Insane asylums in Bengal annual reports 1867-1875 - 1867-1875
Year: 1867
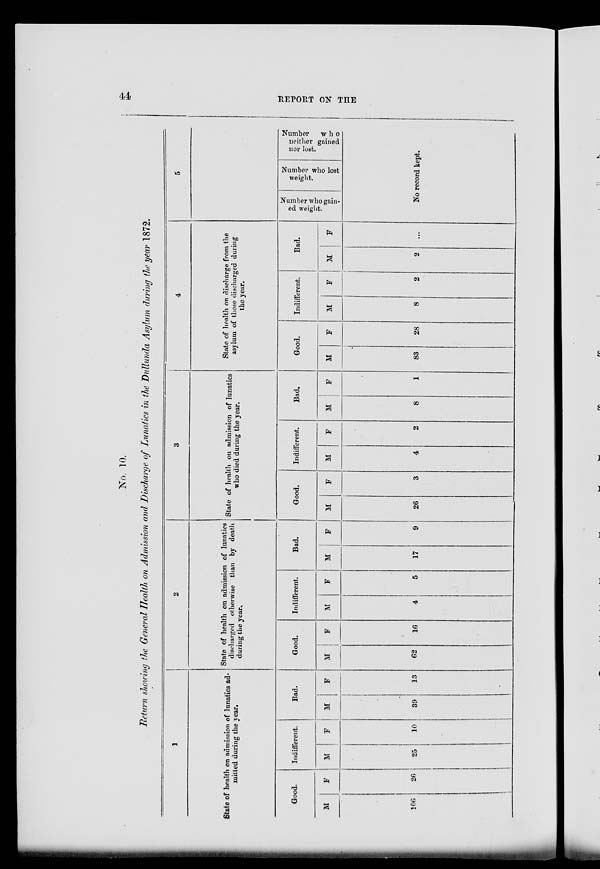
44
REPORT ON THE
No. 10.
Return showing the General Health on Admission and Discharge of Lunatics in the Dullunda Asylum during the year 1872.
1
State of health on admission of lunatics ad¬
mitted during the year.
Good.
M
106
F
26
Indifferent.
M
25
F
10
Bad.
M
39
F
13
2
State of health on admission of lunatics
discharged otherwise than by death
during the year.
Good.
M
62
F
16
Indifferent.
M
4
F
5
Bad.
M
17
F
9
3
State of health on admission of lunatics
who died during the year.
Good.
M
26
F
3
Indifferent.
M
4
F
2
Bad.
M
8
F
1
4
State of health on discharge from the
asylum of those discharged during
the year.
Good.
M
83
F
28
Indifferent.
M
8
F
2
Bad.
M
2
F
...
5
Number who gain¬
ed weight.
Number who lost
weight.
Number
who
weither gained
nor lost.
No record kept.